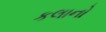
કલાનો